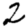
Digit: 2